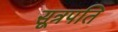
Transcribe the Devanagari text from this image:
सूत्रपति